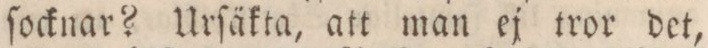
ſocknar? Urſäkta, att man ej tror det,